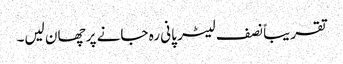
تقریباً نصف لیٹر پانی رہ جانے پر چھان لیں۔